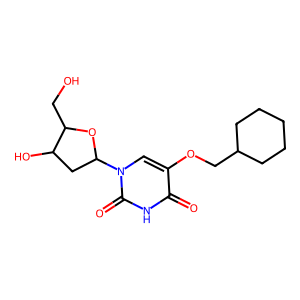
SMILES: O=c1[nH]c(=O)n(C2CC(O)C(CO)O2)cc1OCC1CCCCC1
Inhibits HIV replication: No